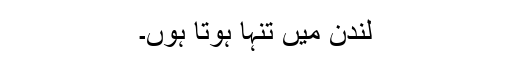
لندن میں تنہا ہوتا ہوں۔